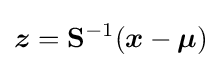
{\boldsymbol {z}}=\mathbf {S} ^{-1}({\boldsymbol {x}}-{\boldsymbol {\mu }})